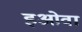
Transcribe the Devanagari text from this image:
इओवा